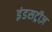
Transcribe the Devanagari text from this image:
इंडसट्रीज़